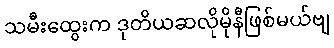
သမီးထွေးက ဒုတိယဆလိုမိုနီဖြစ်မယ်ဗျ